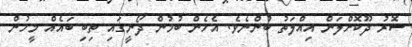
ސޮރު ދޫކޮށްލަން އިއްލަތު ބުންނެވެ. އެހެން ބުމުން ދޯނީގައި ތިބި ބައެއް މީހުން